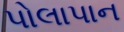
પોલાપાન